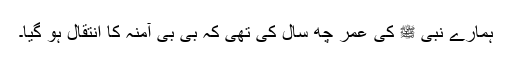
ہمارے نبی ﷺ کی عمر چھ سال کی تھی کہ بی بی آمنہ کا انتقال ہو گیا۔